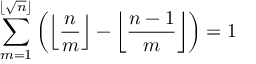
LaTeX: \begin{array} { r l } { \varphi ( \alpha ) } & { { } = \int _ { 0 } ^ { \pi } \left( \ln \left( 1 - 2 \beta \cos ( x ) + \beta ^ { 2 } \right) - 2 \ln | \beta | \right) d x } \end{array}